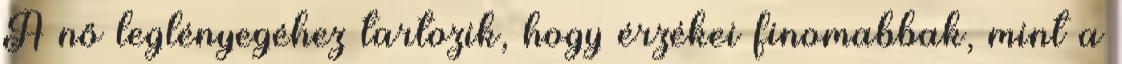
A nő leglényegéhez tartozik, hogy érzékei finomabbak, mint a